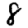
Digit: 8